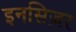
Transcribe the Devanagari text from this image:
इनसिज़र